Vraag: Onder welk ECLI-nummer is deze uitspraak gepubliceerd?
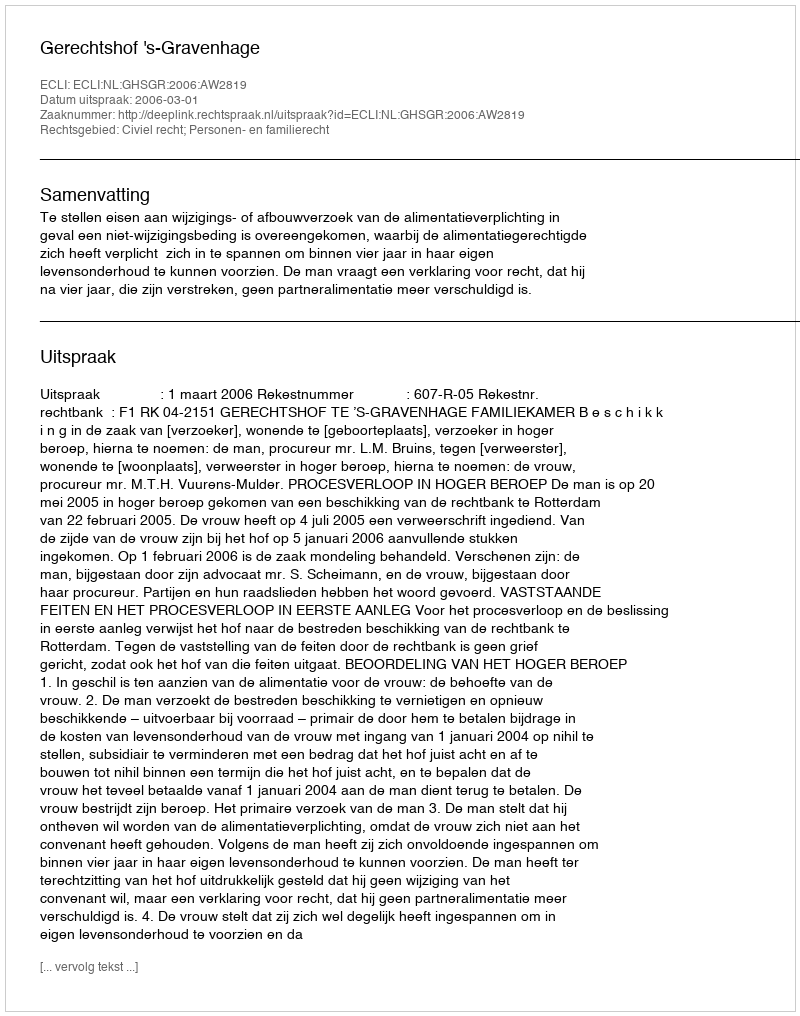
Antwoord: ECLI:NL:GHSGR:2006:AW2819